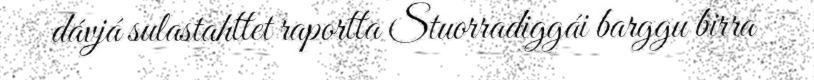
dávjá sulastahttet raportta Stuorradiggái barggu birra